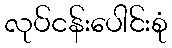
လုပ်ငန်းပေါင်းစုံ